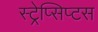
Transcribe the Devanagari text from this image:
स्ट्रेप्सिप्टस